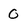
Character: 0